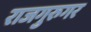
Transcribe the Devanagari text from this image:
राजगुरुगर